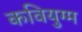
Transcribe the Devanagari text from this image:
कवियुग्म